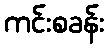
ကင်းစခန်း